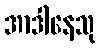
အာဒါနေသု